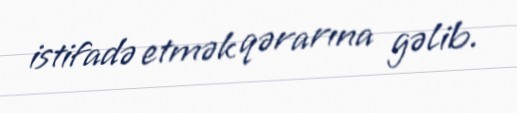
istifadə etmək qərarına gəlib.